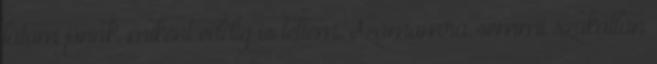
látom jónak, miként eddig is tettem. Számomra semmi szokatlan